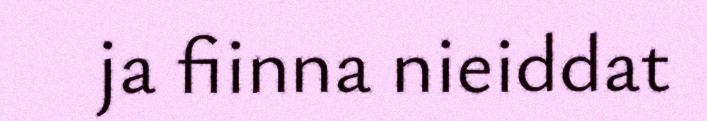
ja fiinna nieiddat